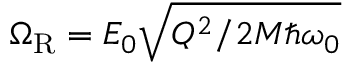
\Omega _ { \mathrm { R } } = E _ { 0 } \sqrt { Q ^ { 2 } / 2 M \hbar \omega _ { 0 } }